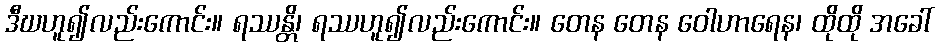
ဒီဃဟူ၍လည်းကောင်း။ ရဿန္တိ၊ ရဿဟူ၍လည်းကောင်း။ တေန တေန ဝေါဟာရေန၊ ထိုထို အခေါ်